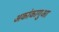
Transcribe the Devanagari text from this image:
अकांकागुआ